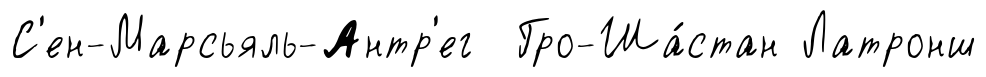
С'ен-Марсьяль-Антр'ег Гро-Ша́стан Латронш